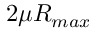
2 \mu R _ { m a x }